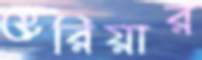
হেরিয়ার